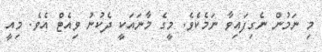
މި ނަމުން ނެގިފައިވާ ނަމެކެވެ. މީގެ މާނައަކީ ދެކުނު ވިއެޓް އެވެ. މިއީ